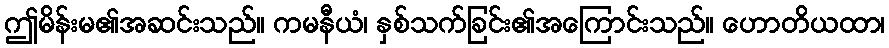
ဤမိန်းမ၏အဆင်းသည်။ ကမနီယံ၊ နှစ်သက်ခြင်း၏အကြောင်းသည်။ ဟောတိယထာ၊